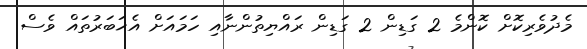
މެދުވެރިކޮށް ކޮންމެ 2 ގަޑިން 2 ގަޑިން ރައްޔިތުންނާއި ހަމައަށް އެޚަބަރުތައް ވެސް